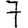
Digit: 7